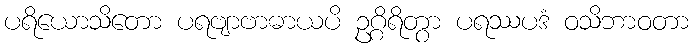
ပရိယောသိတော ပရဗျာဗာဓာယပိ ဥဂ္ဂိရိတွာ ပရဿပဒံ ဝသိဘာဝတာ